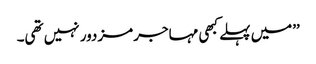
’’میں پہلے کبھی مہاجر مزدور نہیں تھی۔